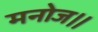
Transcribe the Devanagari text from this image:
मनोज।।